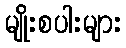
မျိုးစပါးများ